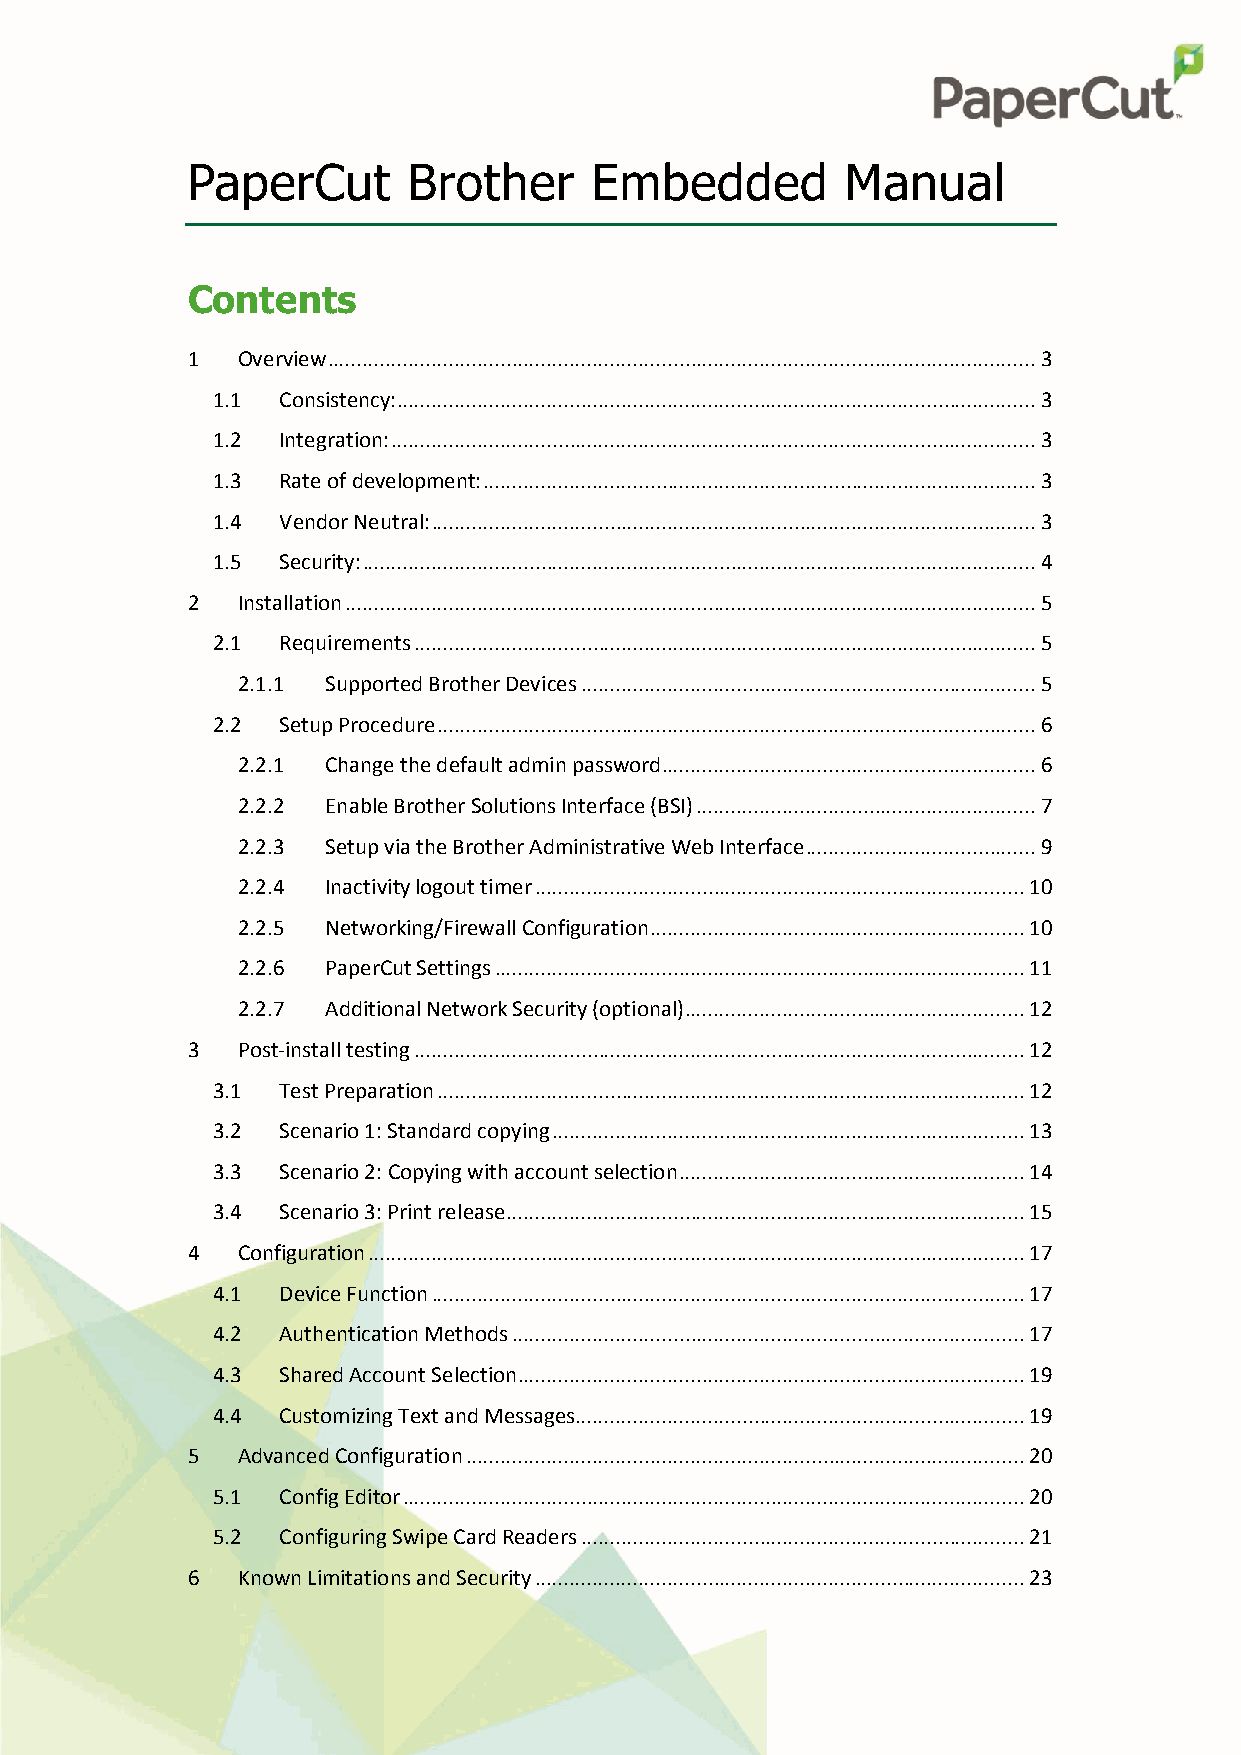
PaperCut       Brother     Embedded         Manual
 Contents
 1   Overview ........................................................................................................................... 3
 1.1 Consistency: ............................................................................................................... 3
 1.2 Integration: ................................................................................................................ 3
 1.3 Rate of development: ................................................................................................ 3
 1.4 Vendor Neutral: ......................................................................................................... 3
 1.5 Security: ..................................................................................................................... 4
 2   Installation ........................................................................................................................ 5
 2.1 Requirements ............................................................................................................ 5
 2.1.1 Supported Brother Devices ............................................................................... 5
 2.2 Setup Procedure ........................................................................................................ 6
 2.2.1 Change the default admin password ................................................................. 6
 2.2.2 Enable Brother Solutions Interface (BSI) ........................................................... 7
 2.2.3 Setup via the Brother Administrative Web Interface ........................................ 9
 2.2.4 Inactivity logout timer ..................................................................................... 10
 2.2.5 Networking/Firewall Configuration ................................................................. 10
 2.2.6 PaperCut Settings ............................................................................................ 11
 2.2.7 Additional Network Security (optional) ........................................................... 12
 3   Post-install testing .......................................................................................................... 12
 3.1 Test Preparation ...................................................................................................... 12
 3.2 Scenario 1: Standard copying .................................................................................. 13
 3.3 Scenario 2: Copying with account selection ............................................................ 14
 3.4 Scenario 3: Print release .......................................................................................... 15
 4   Configuration .................................................................................................................. 17
 4.1 Device Function ....................................................................................................... 17
 4.2 Authentication Methods ......................................................................................... 17
 4.3 Shared Account Selection ........................................................................................ 19
 4.4 Customizing Text and Messages.............................................................................. 19
 5   Advanced Configuration ................................................................................................. 20
 5.1 Config Editor ............................................................................................................ 20
 5.2 Configuring Swipe Card Readers ............................................................................. 21
 6   Known Limitations and Security ..................................................................................... 23